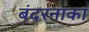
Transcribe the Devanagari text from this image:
बंदरनाका